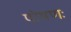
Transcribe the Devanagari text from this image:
पोषणः